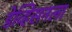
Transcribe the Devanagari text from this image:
डेव्हिसनला